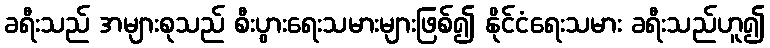
ခရီးသည် အများစုသည် စီးပွားရေးသမားများဖြစ်၍ နိုင်ငံရေးသမား ခရီးသည်ဟူ၍